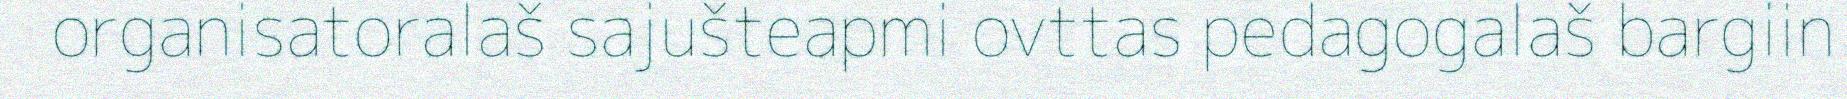
organisatoralaš sajušteapmi ovttas pedagogalaš bargiin